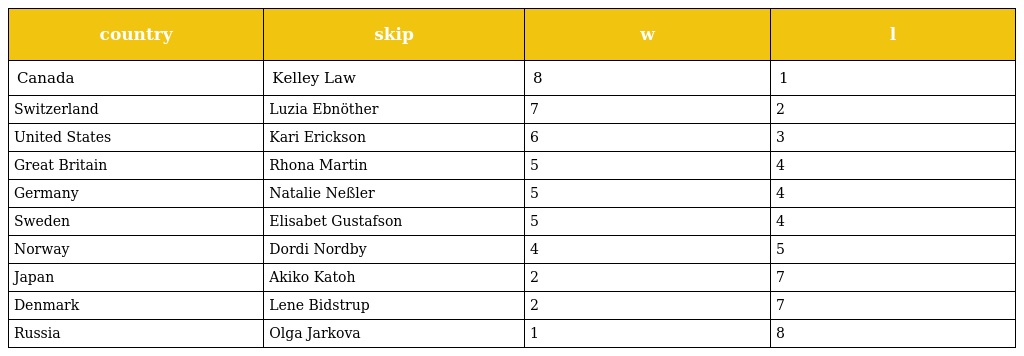
| country | skip | w | l |
 | --- | --- | --- | --- |
 | Canada | Kelley Law | 8 | 1 |
 | Switzerland | Luzia Ebnöther | 7 | 2 |
 | United States | Kari Erickson | 6 | 3 |
 | Great Britain | Rhona Martin | 5 | 4 |
 | Germany | Natalie Neßler | 5 | 4 |
 | Sweden | Elisabet Gustafson | 5 | 4 |
 | Norway | Dordi Nordby | 4 | 5 |
 | Japan | Akiko Katoh | 2 | 7 |
 | Denmark | Lene Bidstrup | 2 | 7 |
 | Russia | Olga Jarkova | 1 | 8 |